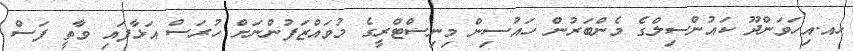
ހއ.އިހަވަންދޫ ކައުންސިލްގެ މެންބަރުން ހައުސިން މިނިސްޓްރީގެ މުވައްޒަފުންނަށް ހުރަސް އަޅާފައި ވާތީ ފަސް